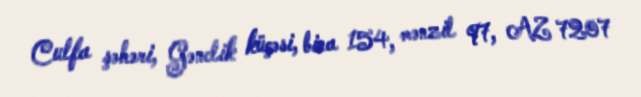
Culfa şəhəri, Gənclik küçəsi, bina 154, mənzil 97, AZ 7207